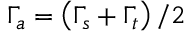
\Gamma _ { a } = \left( \Gamma _ { s } + \Gamma _ { t } \right) / 2